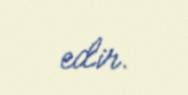
edir.